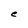
Character: e